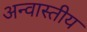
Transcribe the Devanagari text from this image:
अन्वास्तीय